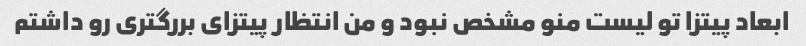
ابعاد پیتزا تو لیست منو مشخص نبود و من انتظار پیتزای بررگتری رو داشتم